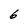
Character: 6